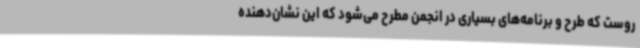
روست که طرح و برنامه‌های بسیاری در انجمن مطرح می‌شود که این نشان‌دهنده